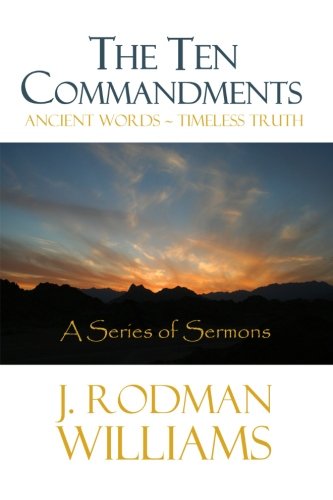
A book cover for The Ten Commandments: Ancient Words - Timeless Truth; J. Rodman Williams; Christian Books & Bibles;